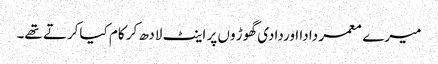
میرے معمر دادا اوردادی گھوڑ وں پر اینٹ لادھ کر کام کیاکرتے تھے۔